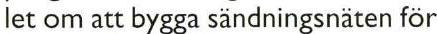
Iet om att bygga sändningsnäten för